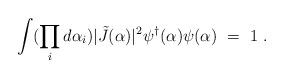
LaTeX: \begin{align*}\int (\prod_i d\alpha_i) \vert \tilde J(\alpha)\vert^2\psi^{\dagger}(\alpha)\psi(\alpha)~=~1 \; .\end{align*}